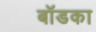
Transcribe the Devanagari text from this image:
बॉडका